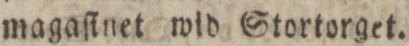
magaſinet wid Stortorget.